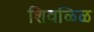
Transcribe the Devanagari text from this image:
शिवळ्ळि